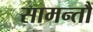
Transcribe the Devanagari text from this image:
सामन्तौं